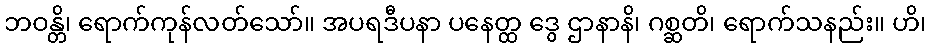
ဘဝန္တိ၊ ရောက်ကုန်လတ်သော်။ အပရဒီပနာ ပနေတ္ထ ဒွေ ဌာနာနိ၊ ဂစ္ဆတိ၊ ရောက်သနည်း။ ဟိ၊